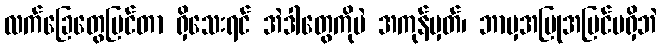
လက်ခြေတွေပြင်တာ ရှိသေးရင် အဲဒါတွေကိုပဲ အကုန်မှတ်၊ ဘာမှအပြုအပြင်မရှိဘဲ